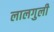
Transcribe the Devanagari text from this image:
लालगुली